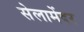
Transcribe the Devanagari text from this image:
सेलामेंदर